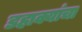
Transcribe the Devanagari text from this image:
डहाक्यांचा